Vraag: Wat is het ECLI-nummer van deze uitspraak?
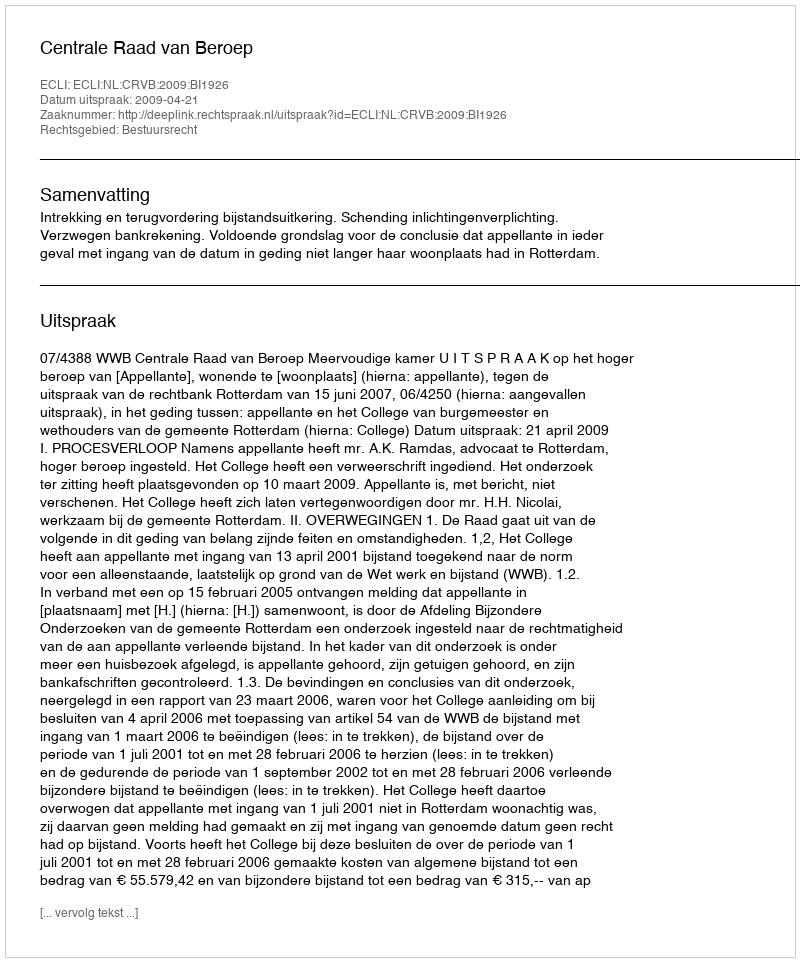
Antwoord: ECLI:NL:CRVB:2009:BI1926